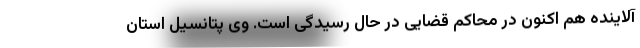
آلاینده هم اکنون در محاکم قضایی در حال رسیدگی است. وی پتانسیل استان